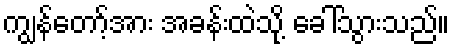
ကျွန်တော့်အား အခန်းထဲသို့ ခေါ်သွားသည်။